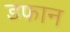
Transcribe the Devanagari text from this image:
डफान